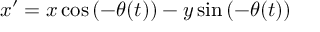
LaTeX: x ^ { \prime } = x \cos \left( - \theta ( t ) \right) - y \sin \left( - \theta ( t ) \right)